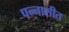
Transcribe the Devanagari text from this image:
पन्नाशीत